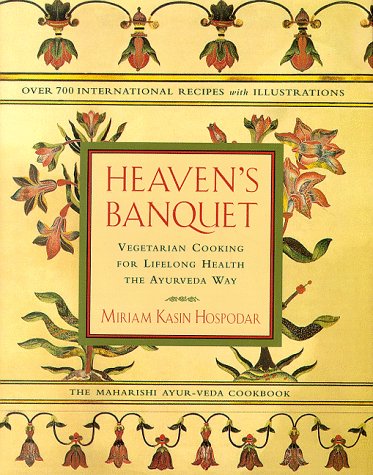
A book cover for Heaven's Banquet : Vegetarian Cooking for Lifelong Health the Ayurveda Way; Miriam Kasin Hospodar; Cookbooks, Food & Wine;